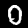
Label: 0